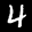
Label: 4